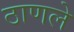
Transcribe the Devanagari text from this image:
ठाणले